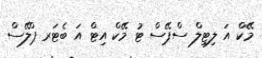
މޭކް އަ ލިޓިލް ސްޕޭސް ޓު މޭކް އިޓް އަ ބެޓަރ ޕްލޭސް